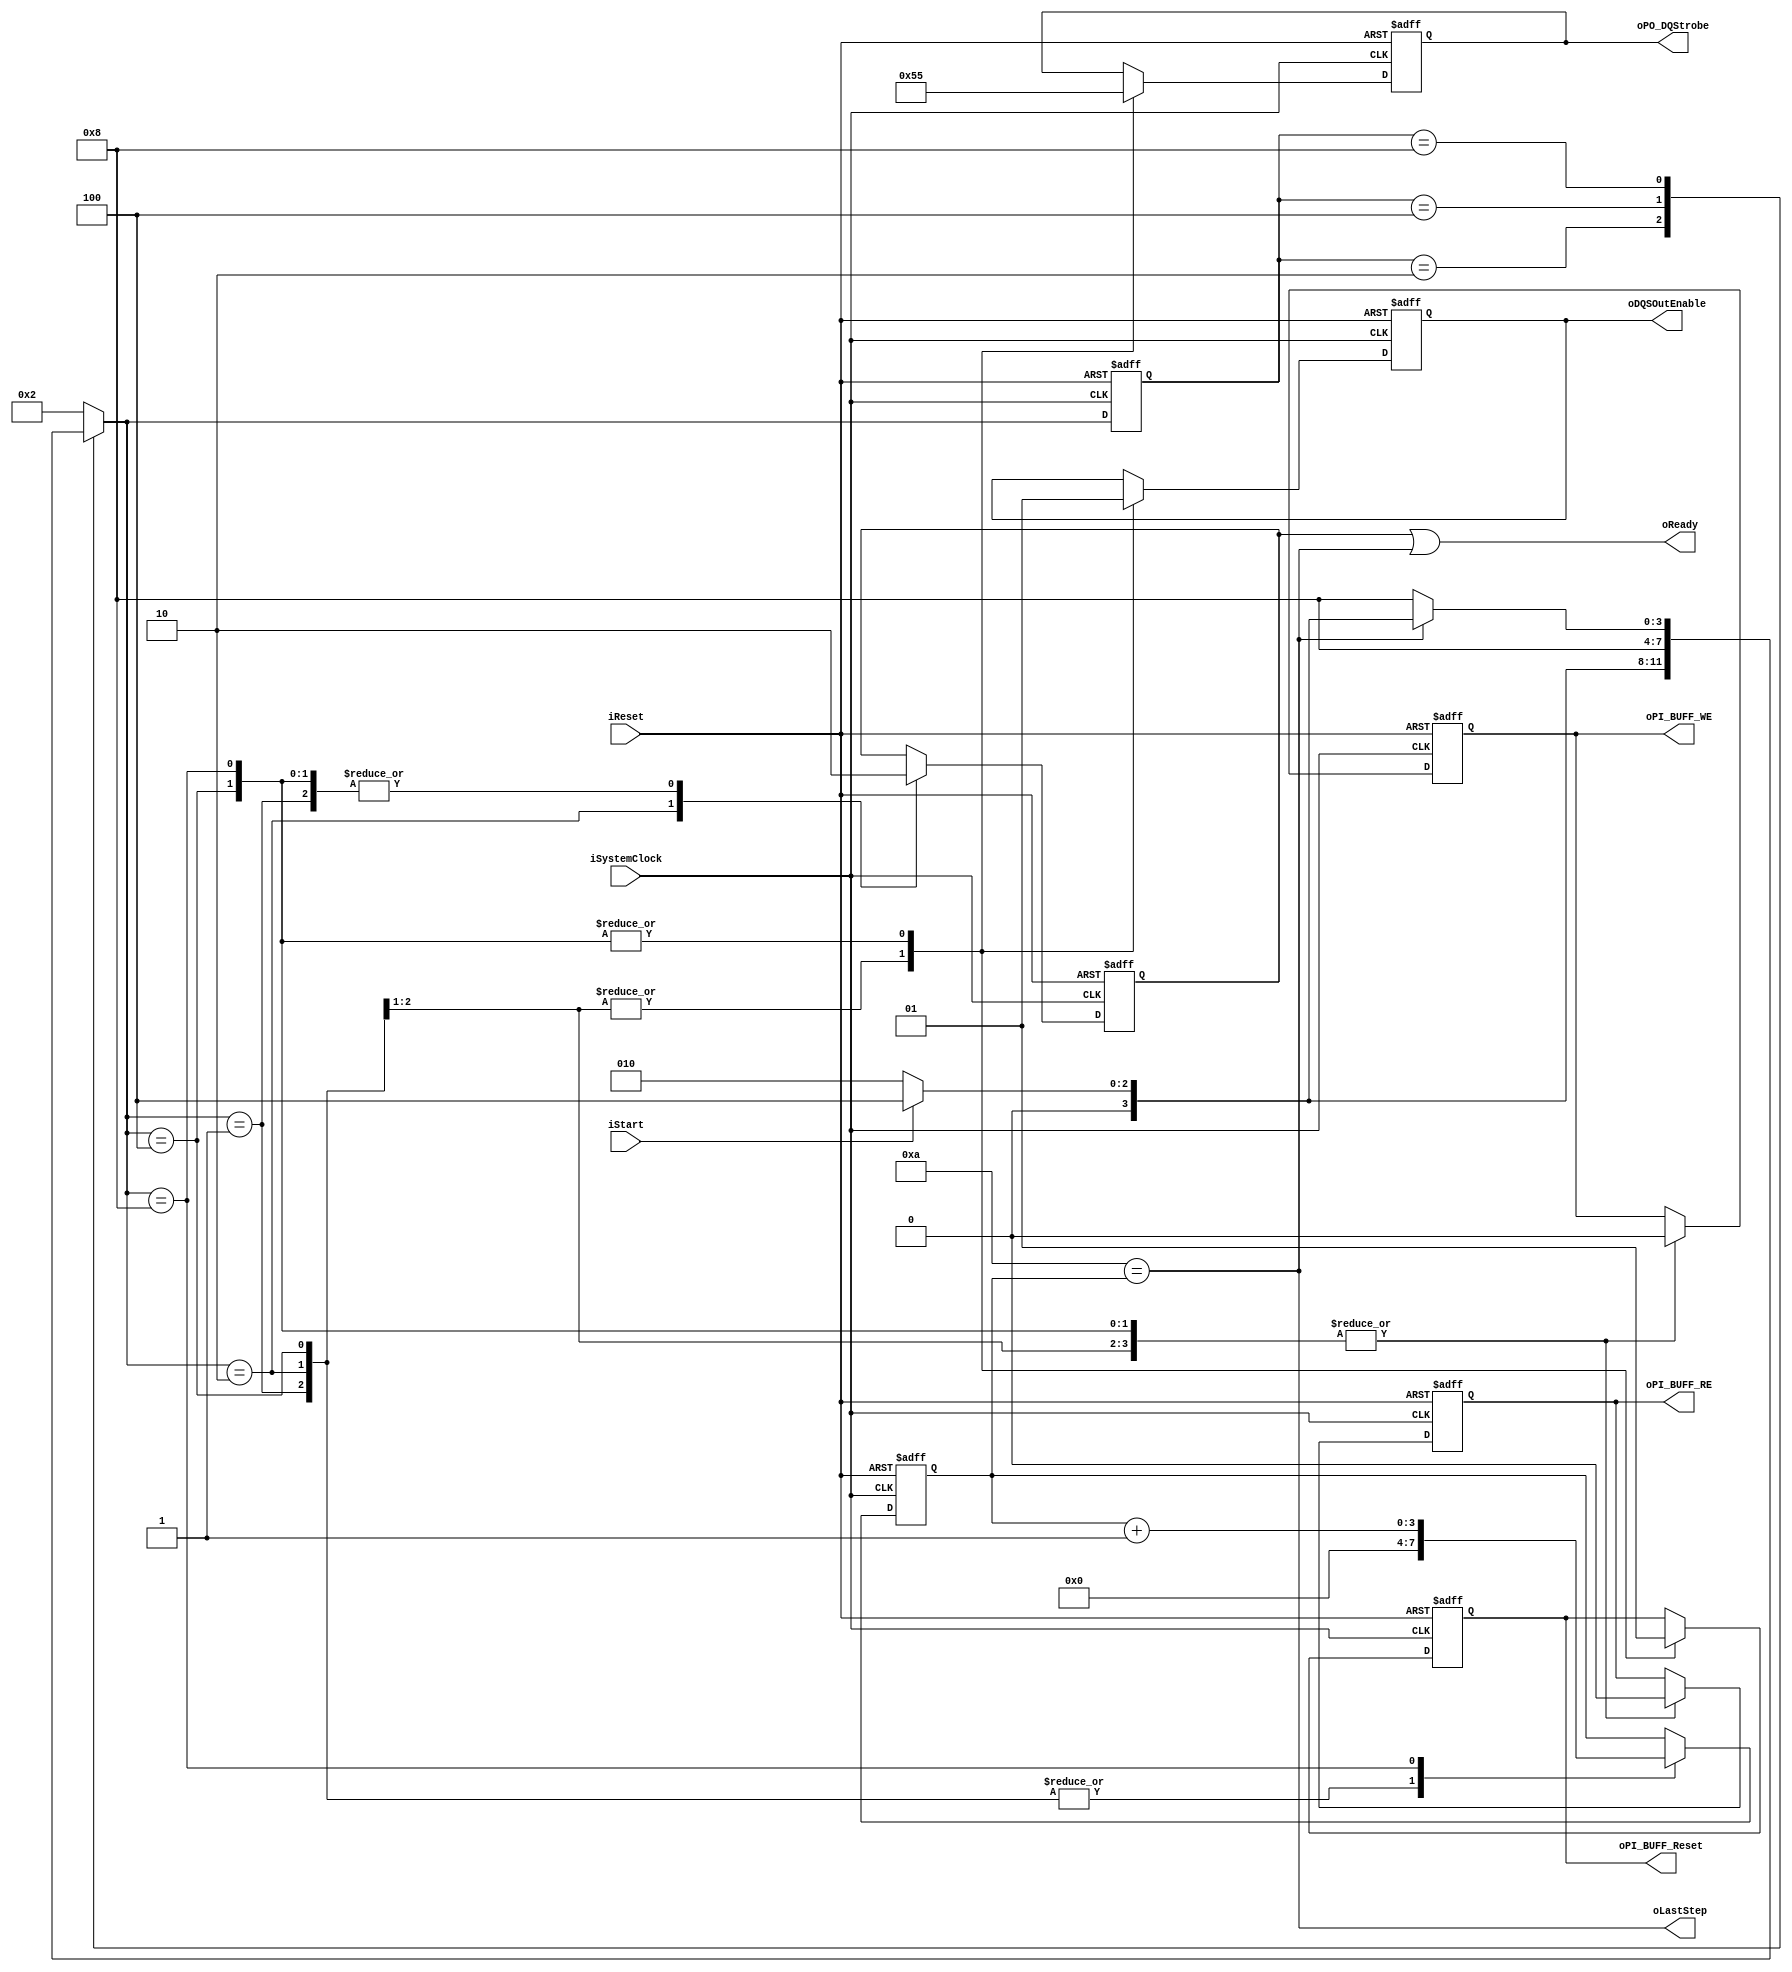
module NPM_Toggle_PHY_B_Reset
(
    iSystemClock            ,
    iReset                  ,
    oReady                  ,
    oLastStep               ,
    iStart                  ,
    oPI_BUFF_Reset          ,
    oPI_BUFF_RE             ,
    oPI_BUFF_WE             ,
    oPO_DQStrobe            ,
    oDQSOutEnable            
);
    input                           iSystemClock            ;
    input                           iReset                  ;
    output                          oReady                  ;
    output                          oLastStep               ;
    input                           iStart                  ;
    output                          oPI_BUFF_Reset          ;
    output                          oPI_BUFF_RE             ;
    output                          oPI_BUFF_WE             ;
    output  [7:0]                   oPO_DQStrobe            ;
    output                          oDQSOutEnable           ;
    
    // FSM Parameters/Wires/Regs
    parameter PBR_FSM_BIT = 4;
    parameter PBR_RESET = 4'b0001;
    parameter PBR_READY = 4'b0010;
    parameter PBR_RFRST = 4'b0100; // reset first
    parameter PBR_RLOOP = 4'b1000; // reset loop
    
    reg     [PBR_FSM_BIT-1:0]       rPBR_cur_state          ;
    reg     [PBR_FSM_BIT-1:0]       rPBR_nxt_state          ;
    
    
    
    // Internal Wires/Regs
    reg                             rReady                  ;
    
    reg     [3:0]                   rTimer                  ;
    
    wire                            wJOBDone                ;
    
    reg                             rPI_BUFF_Reset          ;
    reg                             rPI_BUFF_RE             ;
    reg                             rPI_BUFF_WE             ;
    reg     [7:0]                   rPO_DQStrobe            ;
    reg                             rDQSOutEnable           ;
    
    
    
    // Control Signals
    
    // Flow Control
    
    assign wJOBDone = (4'b1010 == rTimer[3:0]);
    // 1 + '10' = 11 cycles
    // there is DQS delay by OSEDESE module,
    // combination of {buffer reset, clock cycle, real DQS's cycle} will be less than design
    
    
    
    // FSM
    
    // update current state to next state
    always @ (posedge iSystemClock, posedge iReset) begin
        if (iReset) begin
            rPBR_cur_state <= PBR_RESET;
        end else begin
            rPBR_cur_state <= rPBR_nxt_state;
        end
    end
    
    // deside next state
    always @ ( * ) begin
        case (rPBR_cur_state)
            PBR_RESET: begin
                rPBR_nxt_state <= PBR_READY;
            end
            PBR_READY: begin
                rPBR_nxt_state <= (iStart)? PBR_RFRST:PBR_READY;
            end
            PBR_RFRST: begin
                rPBR_nxt_state <= PBR_RLOOP;
            end
            PBR_RLOOP: begin
                rPBR_nxt_state <= (wJOBDone)? ((iStart)? PBR_RFRST:PBR_READY):PBR_RLOOP;
            end
            default:
                rPBR_nxt_state <= PBR_READY;
        endcase
    end
    
    // state behaviour
    always @ (posedge iSystemClock, posedge iReset) begin
        if (iReset) begin
            rReady              <= 0;
            
            rTimer[3:0]         <= 0;
            
            rPI_BUFF_Reset      <= 0;
            rPI_BUFF_RE         <= 0;
            rPI_BUFF_WE         <= 0;
            rPO_DQStrobe[7:0]   <= 0;
            rDQSOutEnable       <= 0;
        end else begin
            case (rPBR_nxt_state)
                PBR_RESET: begin
                    rReady              <= 0;
                    
                    rTimer[3:0]         <= 0;
                    
                    rPI_BUFF_Reset      <= 0;
                    rPI_BUFF_RE         <= 0;
                    rPI_BUFF_WE         <= 0;
                    rPO_DQStrobe[7:0]   <= 0;
                    rDQSOutEnable       <= 0;
                end
                PBR_READY: begin
                    rReady              <= 1;
                    
                    rTimer[3:0]         <= 0;
                    
                    rPI_BUFF_Reset      <= 0;
                    rPI_BUFF_RE         <= 0;
                    rPI_BUFF_WE         <= 0;
                    rPO_DQStrobe[7:0]   <= 0;
                    rDQSOutEnable       <= 0;
                end
                PBR_RFRST: begin
                    rReady              <= 0;
                    
                    rTimer[3:0]         <= 4'b0000;
                    
                    rPI_BUFF_Reset      <= 1'b1;
                    rPI_BUFF_RE         <= 1'b0;
                    rPI_BUFF_WE         <= 1'b0;
                    rPO_DQStrobe[7:0]   <= 8'b0101_0101;
                    rDQSOutEnable       <= 1'b1;
                end
                PBR_RLOOP: begin
                    rReady              <= 0;
                    
                    rTimer[3:0]         <= rTimer[3:0] + 1'b1;
                    
                    rPI_BUFF_Reset      <= 1'b1;
                    rPI_BUFF_RE         <= 1'b0;
                    rPI_BUFF_WE         <= 1'b0;
                    rPO_DQStrobe[7:0]   <= 8'b0101_0101;
                    rDQSOutEnable       <= 1'b1;
                end
            endcase
        end
    end
    
    
    
    // Output
    
    assign oReady           = rReady | wJOBDone ;
    assign oLastStep        = wJOBDone         ;
    
    assign oPI_BUFF_Reset   = rPI_BUFF_Reset    ;
    assign oPI_BUFF_RE      = rPI_BUFF_RE       ;
    assign oPI_BUFF_WE      = rPI_BUFF_WE       ;
    assign oPO_DQStrobe     = rPO_DQStrobe      ;
    assign oDQSOutEnable    = rDQSOutEnable     ;
    
endmodule